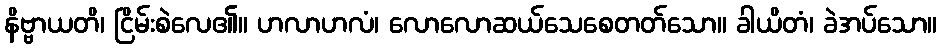
နိဗ္ဗာယတိ၊ ငြိမ်းစဲလေ၏။ ဟလာဟလံ၊ လောလောဆယ်သေစေတတ်သော။ ခါယိတံ၊ ခဲအပ်သော။